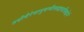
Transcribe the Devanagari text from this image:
तदीयैरेवानुबन्धैस्त्तद्वत्तासिद्धेर्न